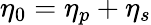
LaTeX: \eta_{0}=\eta_{p}+\eta_{s}